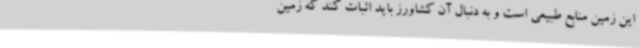
این زمین منابع طبیعی است و به دنبال آن کشاورز باید اثبات کند که زمین